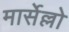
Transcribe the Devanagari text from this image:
मार्सेल्लो